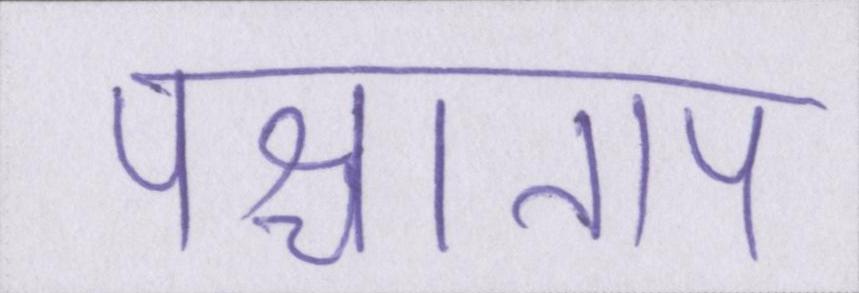
पश्चाताप